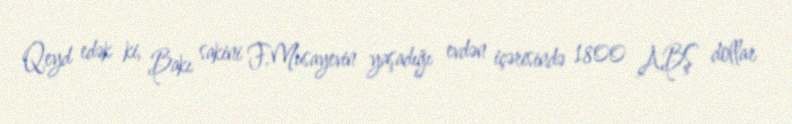
Qeyd edək ki, Bakı sakini F.Musayevin yaşadığı evdən içərisində 1800 ABŞ dollar